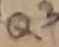
Text: Q3